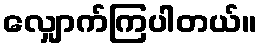
လျှောက်ကြပါတယ်။